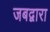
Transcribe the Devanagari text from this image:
जबद्वारा